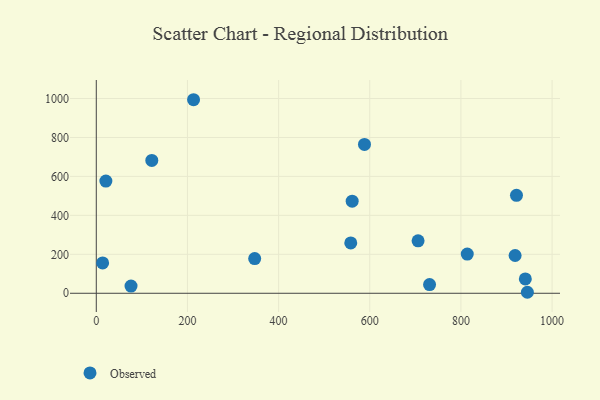
{"axis": {"x": "Ad Spend", "y": "Sales"}, "legend": ["Observed"], "data": [{"x": "918.9", "y": 193.9, "type": "Observed"}, {"x": "561.4", "y": 473.1, "type": "Observed"}, {"x": "13.9", "y": 155.6, "type": "Observed"}, {"x": "558.3", "y": 258.5, "type": "Observed"}, {"x": "706.0", "y": 269.2, "type": "Observed"}, {"x": "588.4", "y": 764.1, "type": "Observed"}, {"x": "941.3", "y": 73.6, "type": "Observed"}, {"x": "945.8", "y": 5.1, "type": "Observed"}, {"x": "21.0", "y": 576.3, "type": "Observed"}, {"x": "921.9", "y": 502.9, "type": "Observed"}, {"x": "813.9", "y": 201.4, "type": "Observed"}, {"x": "121.8", "y": 682.3, "type": "Observed"}, {"x": "213.4", "y": 993.8, "type": "Observed"}, {"x": "347.5", "y": 178.3, "type": "Observed"}, {"x": "731.2", "y": 44.8, "type": "Observed"}, {"x": "76.2", "y": 36.9, "type": "Observed"}]}